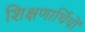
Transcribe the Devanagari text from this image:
शिक्षणार्थियों